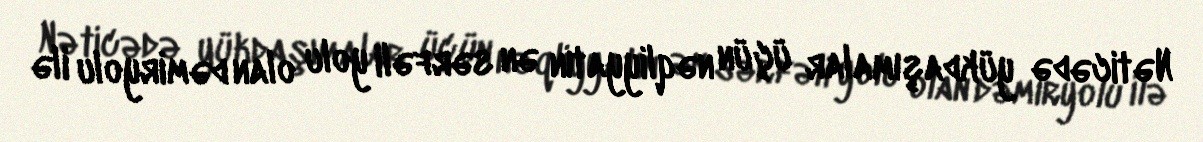
Nəticədə yükdaşımalar üçün nəqliyyatın ən sərfəli yolu olan dəmiryolu ilə